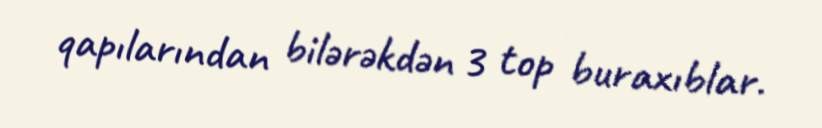
qapılarından bilərəkdən 3 top buraxıblar.